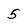
Character: 5